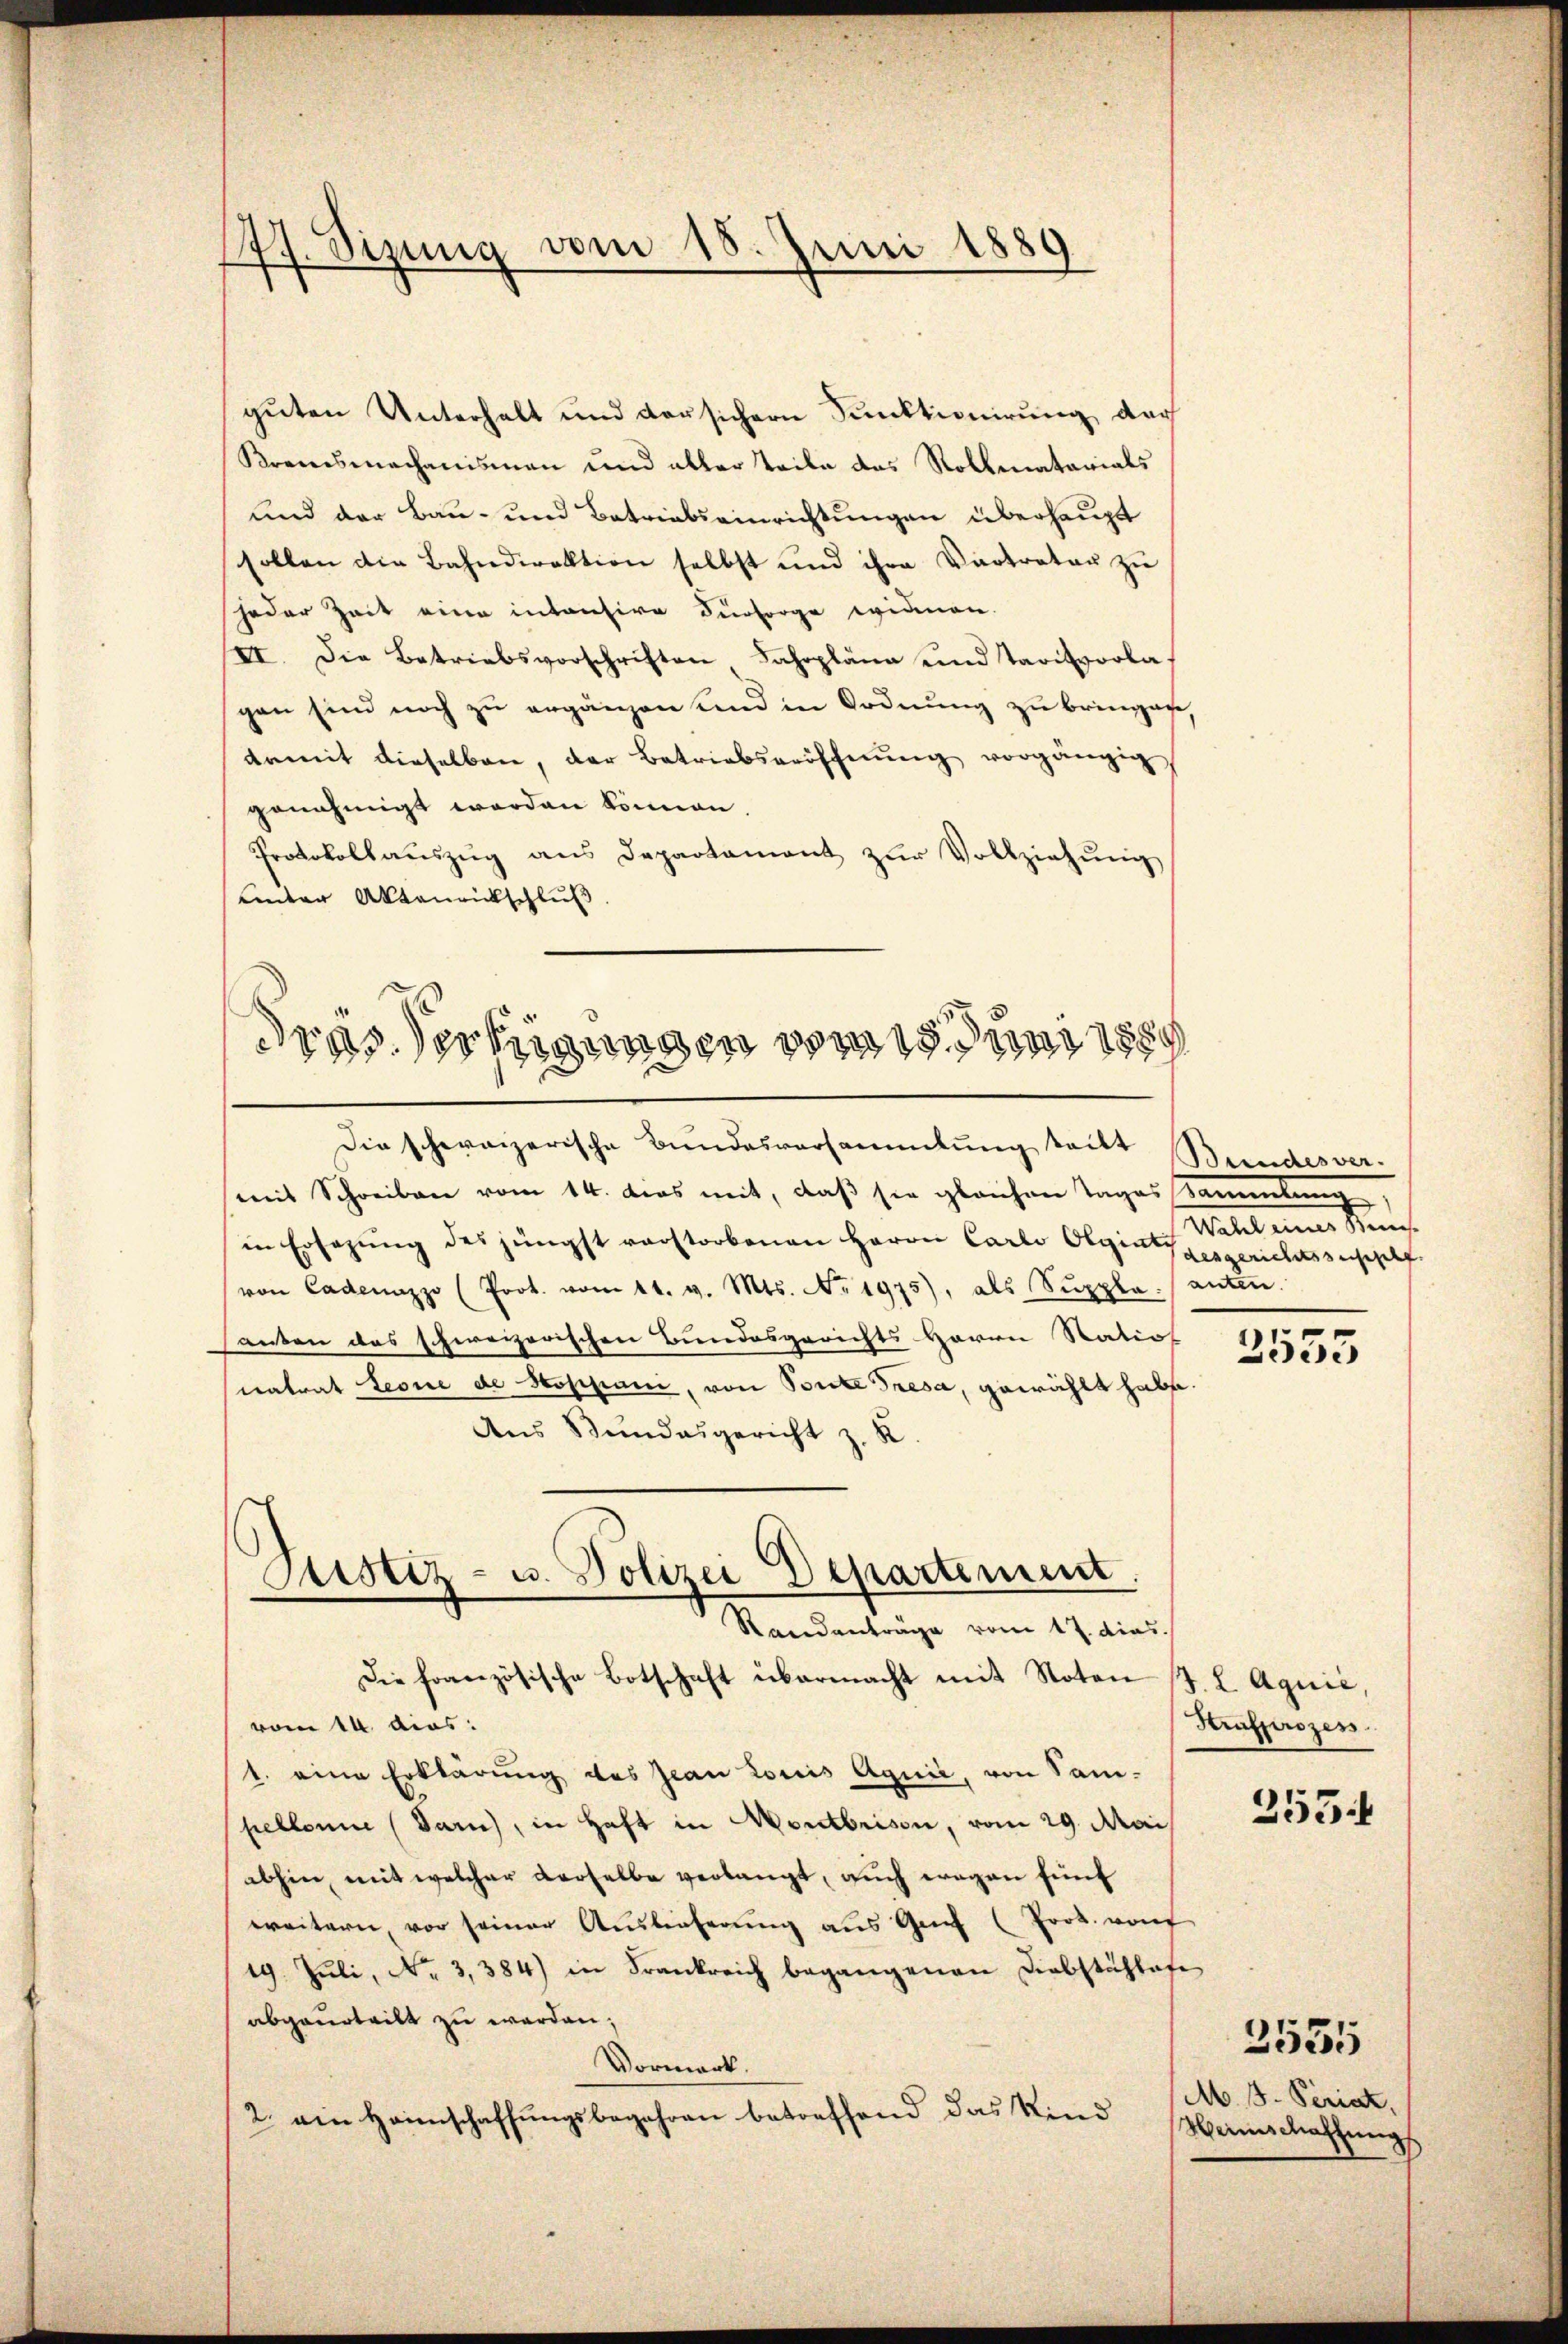
177. Sizung vom 18. Juni 1889

guten Unterhalt und dersichern Sunktionirung, der
Kremsmechanismen und aller Teile das Rollmatarials
und der Bau- und Betriebsainrichtungen überhaupt
sollen die Bahndirektion selbst und ihre Vertreter zŭ
jeder Zeit eine intantire Fürsorge widmen.
II. Die Betriebsvorschriften Jahrpläne und Tacitvorla
gen sind noch zu ergänzen und in Ordnung zu bringen,
damit dieselben, der Betriebseröffnung vorgängig
genehmigt werden können.
Protokollaŭszŭg ans Departament zŭr Vollziehŭng
unter Aktenrückschluß

dras Verfügungen vom Juni 18
Die schweizerische Bundesversammlung tritt (Bundesver-

Justiz- u. Polizei Departement.
Randanträge vom 17. dies
Die französische Botschaft übermacht mit Noten (T. L Aquić,

mit Schreiben vom 14. dies mit, daß sie gleichen Tages sammlung
in Ersezung des jüngst vorstorbenen Herrn Carlo Olgingesgerichtszusplf
von Cadenzzo (Prot. vom 11. v. Mts. No. 1975), als Suppleanten.
anten das schweizerischen Bundesgerichts Herrn Natio
natrat Leone de Posijani, von Ponte Fresa, gewählt habe.
Ans Bundesgericht z. R.
vom 14. dies
1. eine Erklärung des Jean Louis Aquić, von Sam-
pellenm (Bar, in Haft in Montbrison, vom 29. Mai
abhin, mit welcher derselbe verlangt, auch wegen fünf
weitern, vor seiner Auslieferung aus Genf (fort. von
19. Jŭli, No 3,384) in Frankreich begangenen Diebstählafe
abgeurteilt zu werden;
Vormerk.
2. ein Heimschaffungsbegehren betreffend das Kind

Mater eine er seine

2555

Strafprozes
355.

M. V. Periat,
Marinschaffung

2535